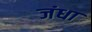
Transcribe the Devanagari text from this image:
जंधा